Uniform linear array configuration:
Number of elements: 24
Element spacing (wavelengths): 0.25
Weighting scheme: binomial
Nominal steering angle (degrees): -15
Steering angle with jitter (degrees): -15.9
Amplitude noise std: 0.05
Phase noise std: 0.05

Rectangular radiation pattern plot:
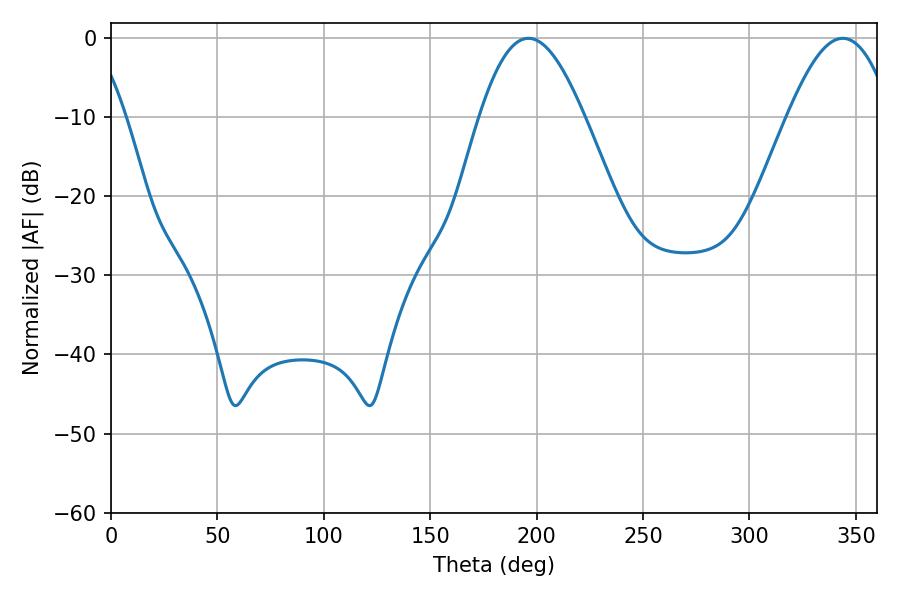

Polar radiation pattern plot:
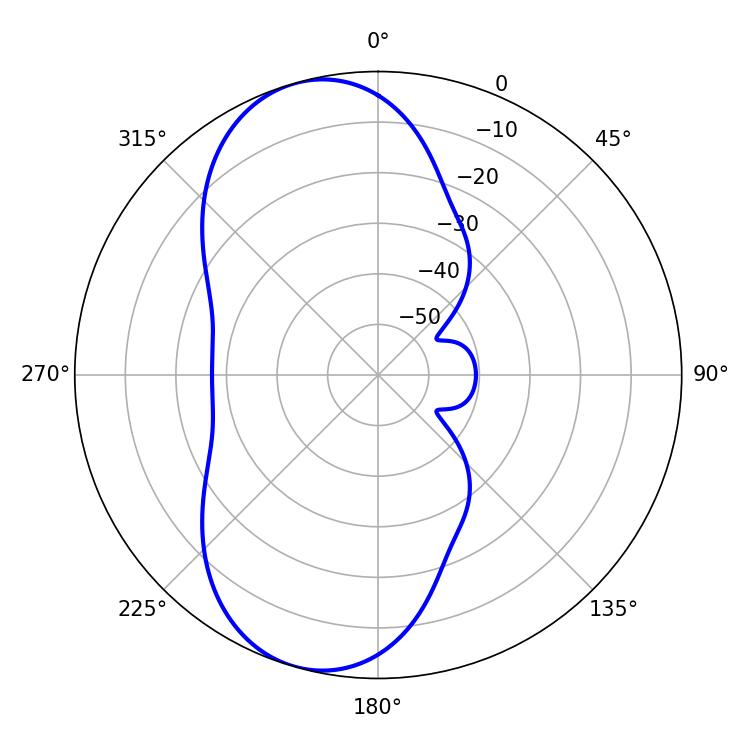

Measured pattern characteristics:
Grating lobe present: FALSE
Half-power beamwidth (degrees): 26.64
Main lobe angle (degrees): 196.2